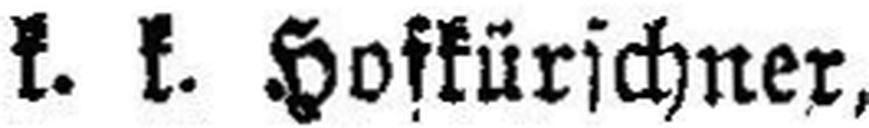
k. k. Hofkürschner,